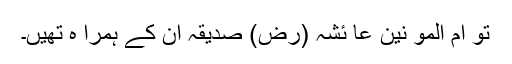
تو ام المو نین عا ئشہ (رض) صدیقہ ان کے ہمرا ہ تھیں۔